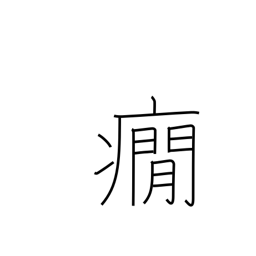
Meaning: nervous